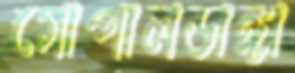
গোপালডাঙ্গা